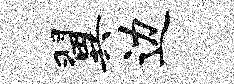
翼边